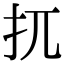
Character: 扤